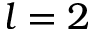
l = 2